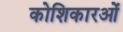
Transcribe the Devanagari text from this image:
कोशिकारओं